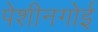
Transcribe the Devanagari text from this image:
पेशीनगोई